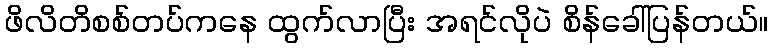
ဖိလိတိစစ်တပ်ကနေ ထွက်လာပြီး အရင်လိုပဲ စိန်ခေါ်ပြန်တယ်။